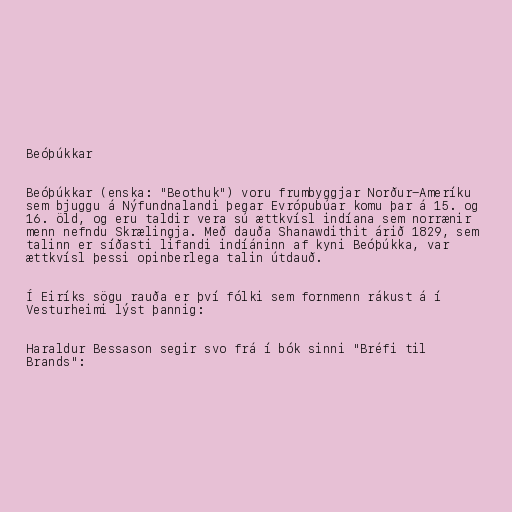
Beóþúkkar

Beóþúkkar (enska: "Beothuk") voru frumbyggjar Norður-Ameríku
sem bjuggu á Nýfundnalandi þegar Evrópubúar komu þar á 15. og
16. öld, og eru taldir vera sú ættkvísl indíana sem norrænir
menn nefndu Skrælingja. Með dauða Shanawdithit árið 1829, sem
talinn er síðasti lifandi indíáninn af kyni Beóþúkka, var
ættkvísl þessi opinberlega talin útdauð.

Í Eiríks sögu rauða er því fólki sem fornmenn rákust á í
Vesturheimi lýst þannig:

Haraldur Bessason segir svo frá í bók sinni "Bréfi til
Brands":